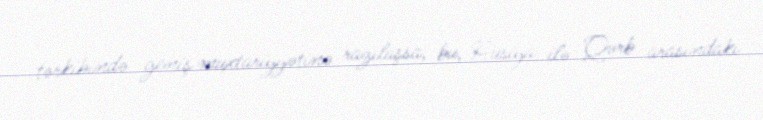
tərkibində geniş muxtariyyətinə razılaşsa, bu, Rusiya ilə Qərb arasındakı